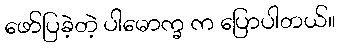
ဖော်ပြခဲ့တဲ့ ပါမောက္ခ က ပြောပါတယ်။